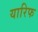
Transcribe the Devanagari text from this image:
यारिफ